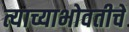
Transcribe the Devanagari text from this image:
त्याच्याभोवतीचे